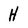
Character: H